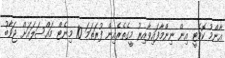
އާންމު ކޮމެޓީ އިން ނިންމާފައިވާއިރު މީގެތެރެއިން ފުރަތަމަ 10 މިނެޓް މައްސަލައަށް ޖަވާބު